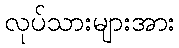
လုပ်သားများအား